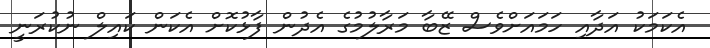
އެކަމަކު އަދާއި ހަމައަށްވެސް ޒޭބާ މަރާލުމުގެ އެދުން ފާޅުކޮށް އެކަން ކައިލް ނުކުރަނީ